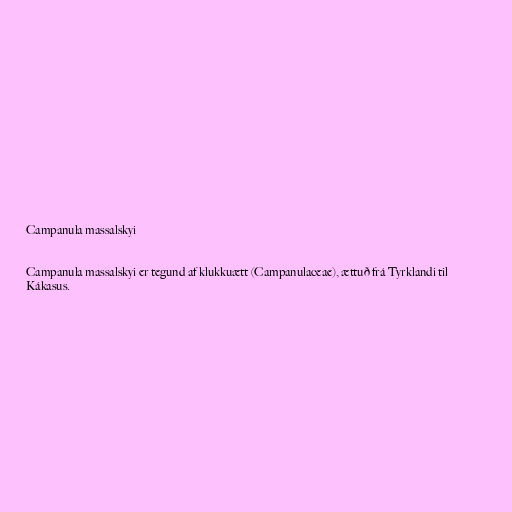
Campanula massalskyi

Campanula massalskyi er tegund af klukkuætt (Campanulaceae), ættuð frá Tyrklandi til
Kákasus.